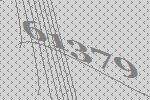
61379